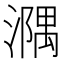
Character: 𣿃